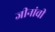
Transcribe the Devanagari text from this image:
जीनांची